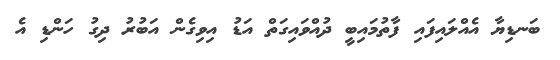
ބަނޑިޔާ އެއްލައިފައި ފާތުމައިބީ ދުއްވައިގަތް އަޑު އިވިގެން އަބުރު ދިގު ހަންޑި އެ